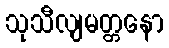
သုသီလျမတ္တနော